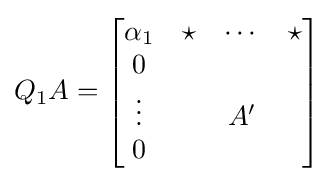
Q_{1}A={\begin{bmatrix}\alpha _{1}&\star &\cdots &\star \\0&&&\\\vdots &&A'&\\0&&&\end{bmatrix}}